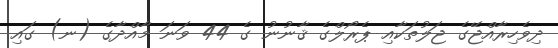
ދިވެހިރާއްޖޭގެ ޖަލުތަކާއި ޕެރޯލްގެ ޤާނުނު ގެ 44 ވަނަ މާއްދާގެ (ނ) ގައި